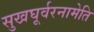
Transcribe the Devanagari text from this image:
सुखघूर्वरनामेति